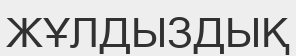
ЖҰЛДЫЗДЫҚ